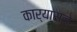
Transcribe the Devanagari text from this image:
कार्यासने